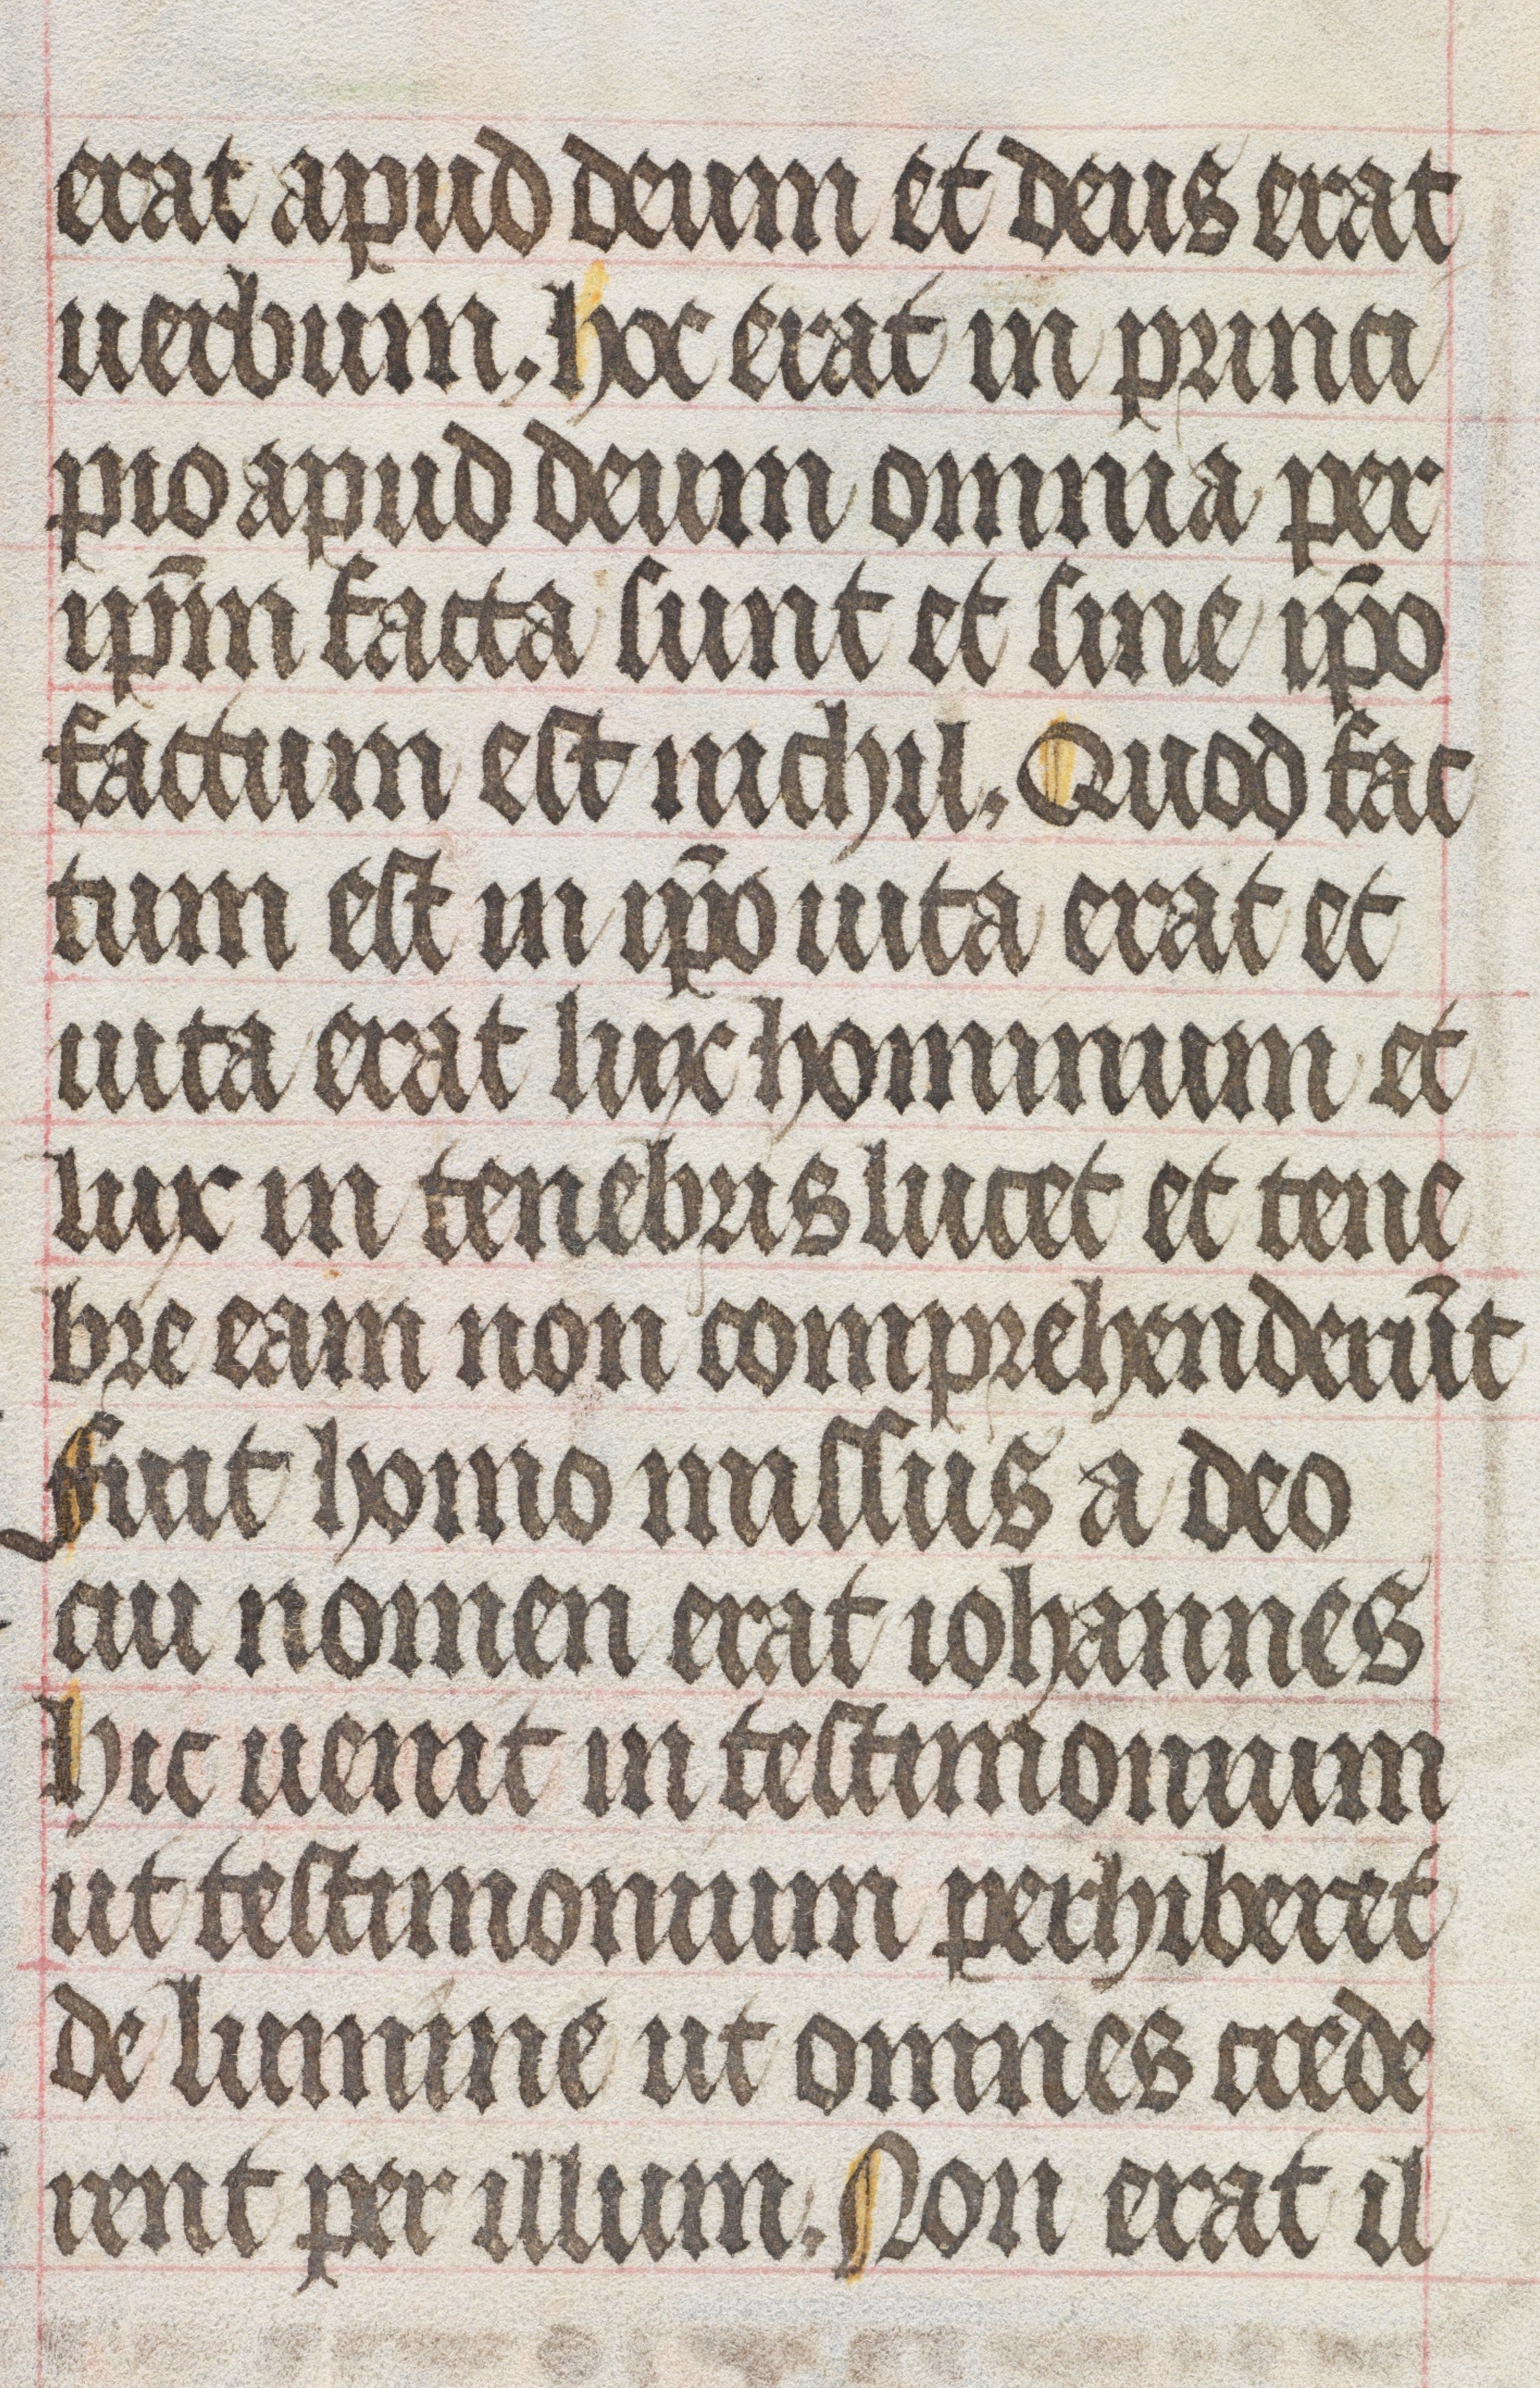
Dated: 1450–1499